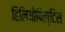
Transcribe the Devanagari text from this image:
हिलियोपिल्टिस